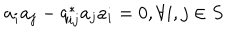
LaTeX: a _ { i } a _ { j } - q _ { i j } ^ { * } a _ { j } a _ { i } = 0 , \forall i , j \in S